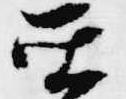
亜